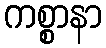
ကစ္စာနာ